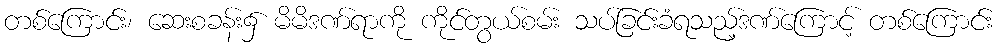
တစ်ကြောင်း၊ ဆေးစခန်း၌ မိမိဒဏ်ရာကို ကိုင်တွယ်စမ်း သပ်ခြင်းခံရသည့်ဒဏ်ကြောင့် တစ်ကြောင်း